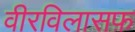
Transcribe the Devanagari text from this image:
वीरविलासफ़